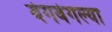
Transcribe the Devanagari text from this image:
वेगवेगल्या